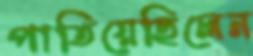
পাতিয়েছিলেন